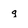
Character: g